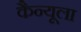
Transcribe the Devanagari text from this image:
कैन्यूला